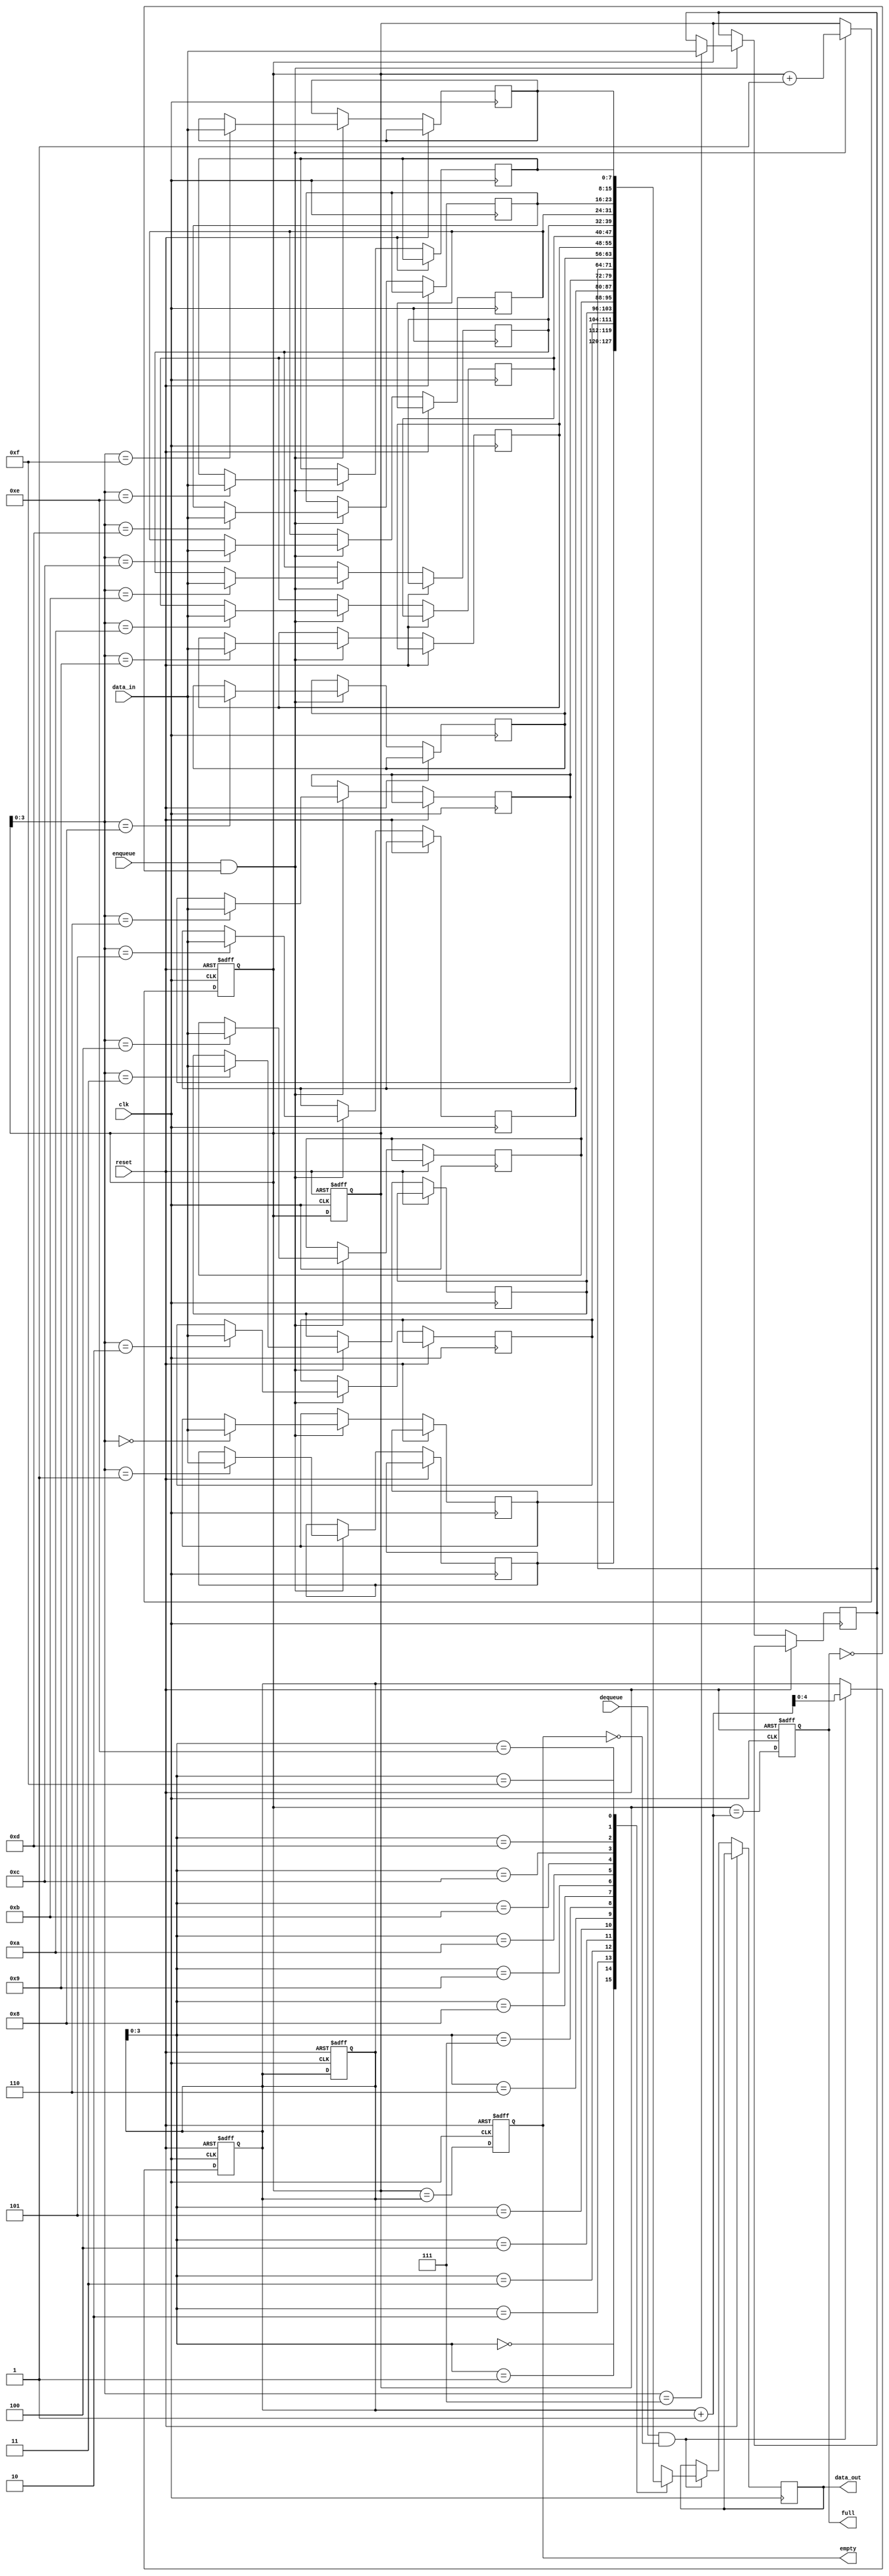
module CircularFIFO (
    input wire clk,
    input wire reset,
    input wire enqueue,
    input wire dequeue,
    input wire [data_width-1:0] data_in,
    output reg [data_width-1:0] data_out,
    output reg full,
    output reg empty
);

parameter data_width = 8;
parameter buffer_size = 16;

reg [data_width-1:0] buffer [buffer_size-1:0];
reg [4:0] write_ptr;
reg [4:0] read_ptr;
reg [4:0] next_write_ptr;
reg [4:0] next_read_ptr;

always @ (posedge clk or posedge reset) begin
    if (reset) begin
        write_ptr <= 0;
        read_ptr <= 0;
        next_write_ptr <= 0;
        next_read_ptr <= 0;
        full <= 0;
        empty <= 1;
    end else begin
        next_write_ptr <= write_ptr;
        next_read_ptr <= read_ptr;
        full <= (next_write_ptr == next_read_ptr + 1);
        empty <= (write_ptr == read_ptr);
        
        if (enqueue && !full) begin
            buffer[write_ptr] <= data_in;
            next_write_ptr <= write_ptr + 1;
        end
        
        if (dequeue && !empty) begin
            data_out <= buffer[read_ptr];
            next_read_ptr <= read_ptr + 1;
        end
    end
end

always @ (*) begin
    write_ptr <= next_write_ptr;
    read_ptr <= next_read_ptr;
end

endmodule